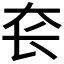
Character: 𰋛